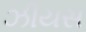
ઝીયસ